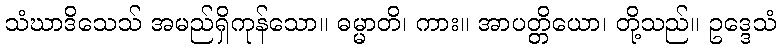
သံဃာဒိသေသ် အမည်ရှိကုန်သော။ ဓမ္မာတိ၊ ကား။ အာပတ္တိယော၊ တို့သည်။ ဥဒ္ဒေသံ